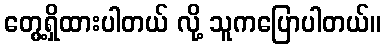
တွေ့ရှိထားပါတယ် လို့ သူကပြောပါတယ်။